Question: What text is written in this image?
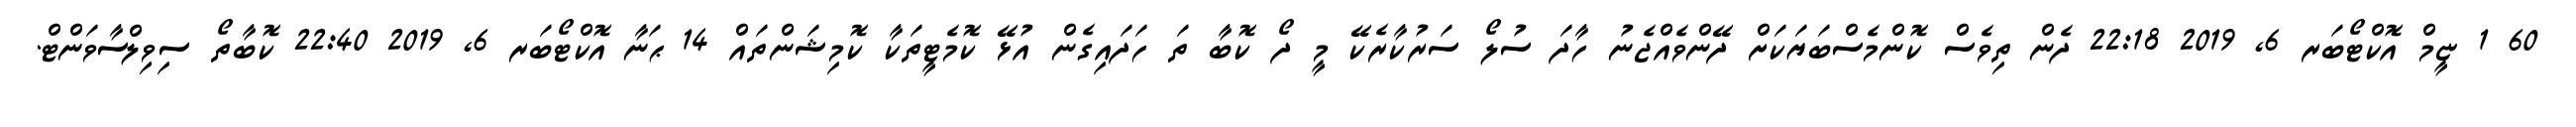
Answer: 60 1 ޏީމް އޮކްޓޯބަރ 6, 2019 22:18 ދެން ތިވެސް ކޮންމެސްބަޔަކަށް ދޭންވެއްޖެނު ހާދަ ސުލޯ ސަރުކާރެކޭ މީ ދޯ ކޮބާ ތަ ހަދައިގެން އުޅޭ ކޮމެޓީތަކާ ކޮމިޝަންތައް 14 ޙަނާ އޮކްޓޯބަރ 6, 2019 22:40 ކޮބާތޯ ސިވިލްސާވަންޓް.